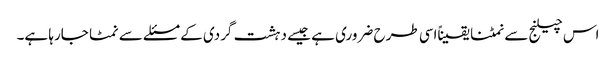
اس چیلنج سے نمٹنا یقیناًاسی طرح ضروری ہے جیسے دہشت گردی کے مسئلے سے نمٹا جارہا ہے۔